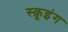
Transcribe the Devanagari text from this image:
स्क्रूइंग